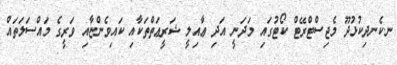
ނ.ކެނދިކުޅުދޫ މެޖިސްޓްރޭޓް ކޯޓުގައި މަދަނީ އަދި ޢާއިލީ ޝަރީޢަތްތަކާއި ކައިވެންޏާއި ވަރީގެ މައްސަލަތައް